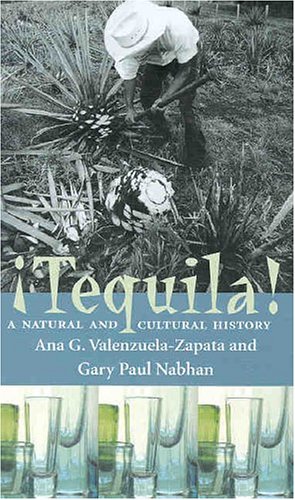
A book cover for Tequila: A Natural and Cultural History; Ana G. Valenzuela-Zapata; Business & Money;